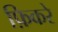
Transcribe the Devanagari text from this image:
फ़िकरे